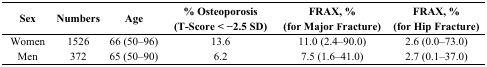
<table><thead><tr><td><b>Sex</b></td><td><b>Numbers</b></td><td><b>Age</b></td><td><b>% Osteoporosis (T-Score &lt; −2.5 SD)</b></td><td><b>FRAX, % (for Major Fracture)</b></td><td><b>FRAX, % (for Hip Fracture)</b></td></tr></thead><tbody><tr><td>Women</td><td>1526</td><td>66 (50–96)</td><td>13.6</td><td>11.0 (2.4–90.0)</td><td>2.6 (0.0–73.0)</td></tr><tr><td>Men</td><td>372</td><td>65 (50–90)</td><td>6.2</td><td>7.5 (1.6–41.0)</td><td>2.7 (0.1–37.0)</td></tr></tbody></table>